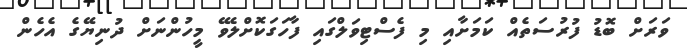
ވަރަށް ބޮޑު ފުރުސަތެއް ކަމަށާއި މި ފެސްޓިވަލްގައި ފާހަގަކޮށްލެވޭ މީހުންނަށް ދުނިޔޭގެ އެހެން